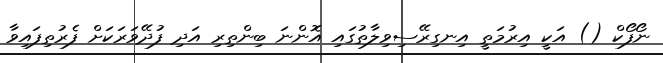
ނޯފޯކް () އަކީ އިރުމަތީ އިނގިރޭސިވިލާތުގައި އޮންނަ ބިންތިރި އަދި ފުދޭވަރަކަށް ފެރުތިފައިވާ